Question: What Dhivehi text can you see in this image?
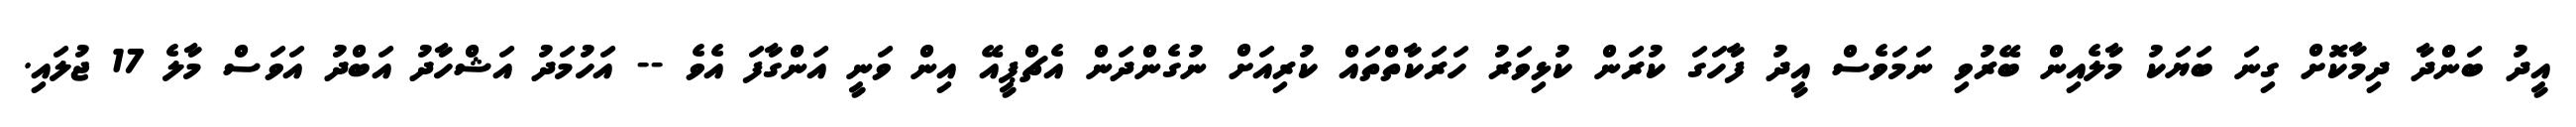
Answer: އީދު ބަންދާ ދިމާކޮށް ގިނަ ބަޔަކު މާލެއިން ބޭރުވި ނަމަވެސް އީދު ފާހަގަ ކުރަން ކުޅިވަރު ހަރަކާތްތައް ކުރިއަށް ނުގެންދަން އެޗްޕީއޭ އިން ވަނީ އަންގާފަ އެވެ -- އަހުމަދު އަޝްހާދު އަބްދު އަވަސް މާލެ 17 ޖުލައި.